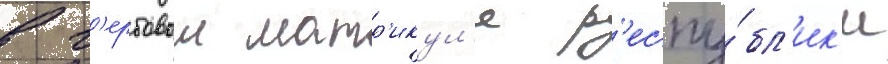
в г'ербовом матр'икул'е р'еспу́бл'ик'и